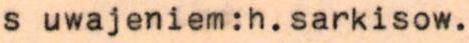
s uwajeniem:h.sarkisow.